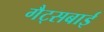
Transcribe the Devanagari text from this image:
गैट्सबाई